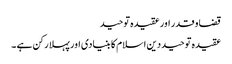
قضا و قدر اور عقیدہ توحید
عقیدہ توحید دین اسلام کا بنیادی اور پہلا رکن ہے ۔